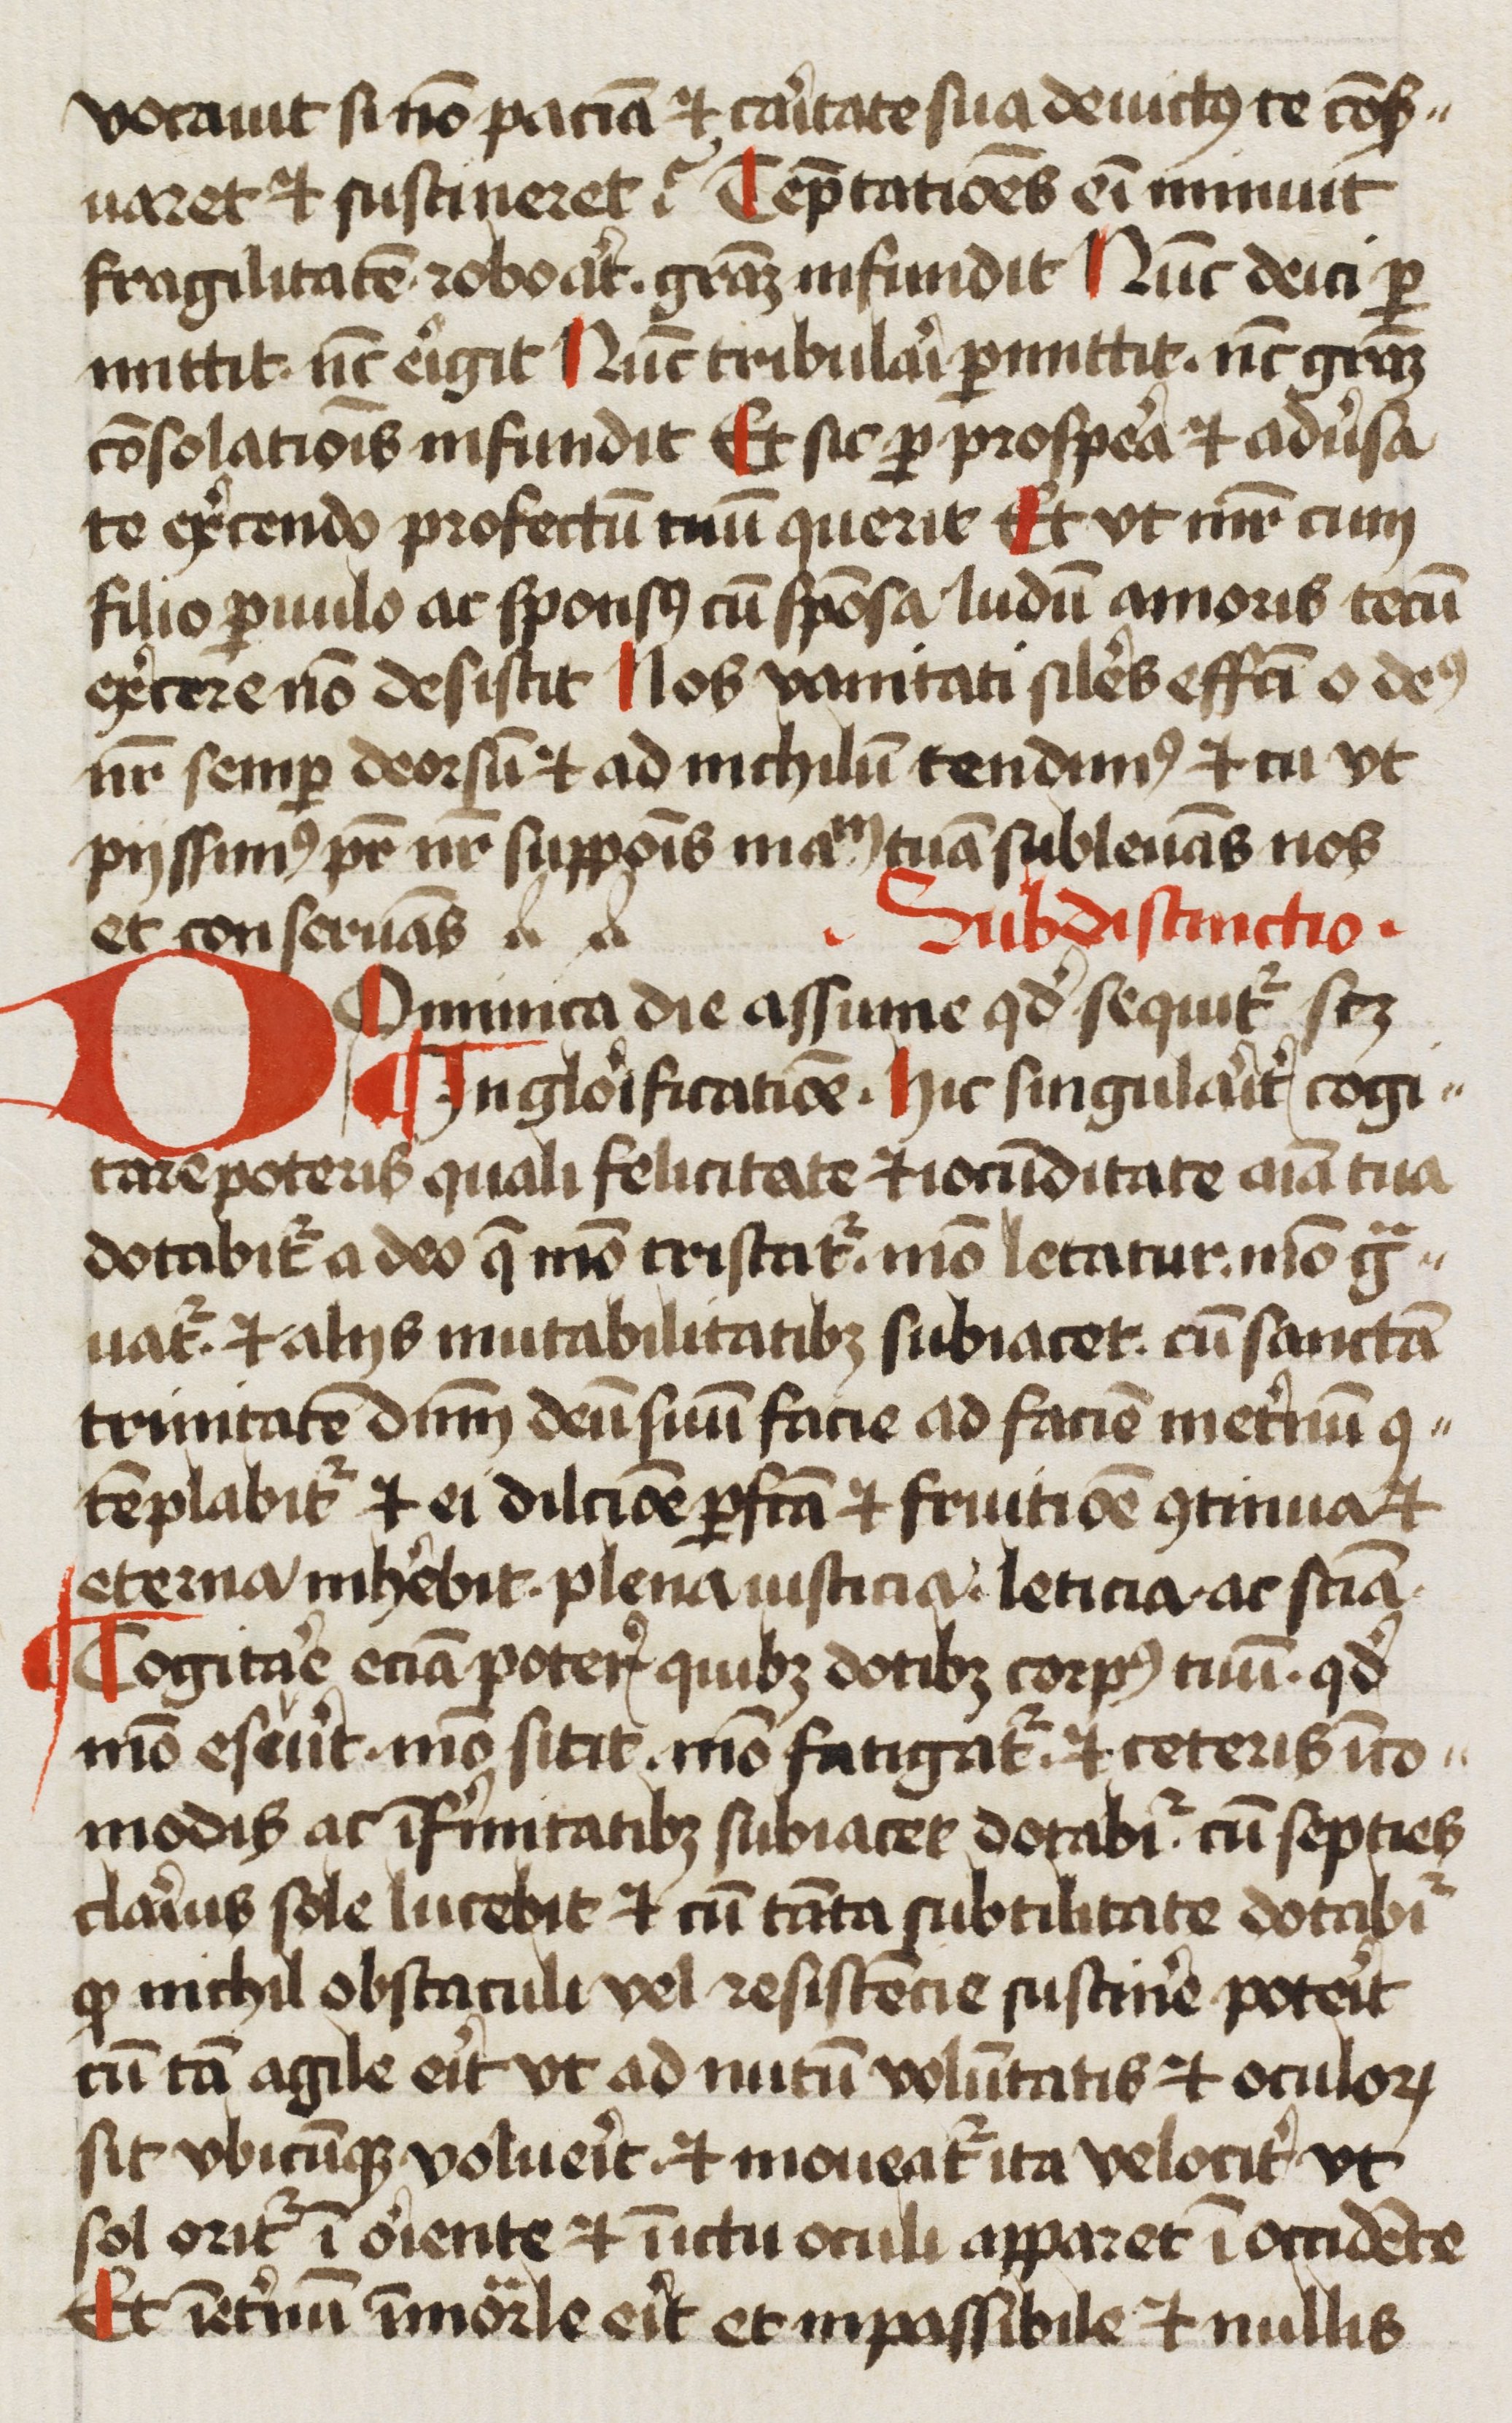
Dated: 1450–1499